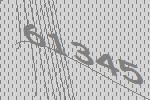
61345